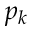
p _ { k }